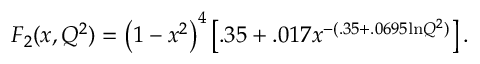
F _ { 2 } ( x , Q ^ { 2 } ) = \left( 1 - x ^ { 2 } \right) ^ { 4 } \left[ . 3 5 + . 0 1 7 x ^ { - ( . 3 5 + . 0 6 9 5 \mathrm { l n } Q ^ { 2 } ) } \right] .